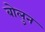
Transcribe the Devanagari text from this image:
बोलुन